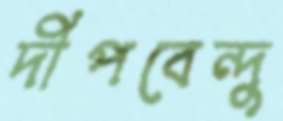
দীপবেন্দু